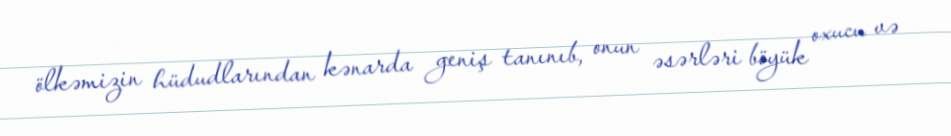
ölkəmizin hüdudlarından kənarda geniş tanınıb, onun əsərləri böyük oxucu və